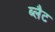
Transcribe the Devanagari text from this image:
ब्लैट